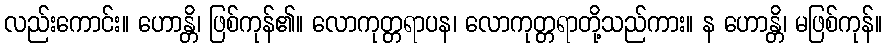
လည်းကောင်း။ ဟောန္တိ၊ ဖြစ်ကုန်၏။ လောကုတ္တရာပန၊ လောကုတ္တရာတို့သည်ကား။ န ဟောန္တိ၊ မဖြစ်ကုန်။